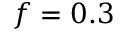
f = 0 . 3